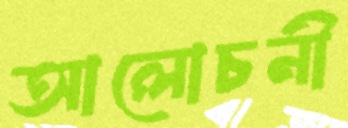
আলোচনী